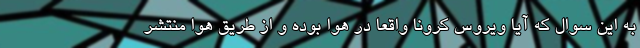
به این سوال که آیا ویروس کرونا واقعا در هوا بوده و از طریق هوا منتشر